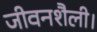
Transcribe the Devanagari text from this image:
जीवनशैली।